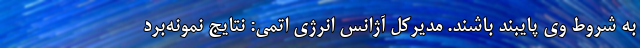
به شروط وی پایبند باشند. مدیرکل آژانس انرژی اتمی: نتایج نمونه‌برد